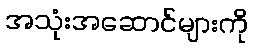
အသုံးအဆောင်များကို